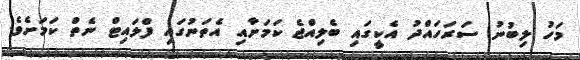
މަހު ލިބުނު ސަރަހައްދު އެކީގައި ބެލިއްޖެ ކަމަށާއި އެތަނުގައި ފްލައިޓް ނެތް ކަމަށެވެ.